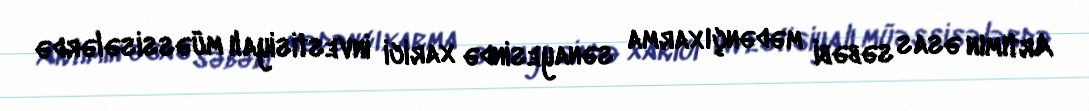
Artımın əsas səbəbi mədənçıxarma sənayesində xarici investisiyalı müəssisələrdə